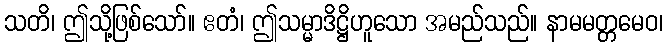
သတိ၊ ဤသို့ဖြစ်သော်။ ဧတံ၊ ဤသမ္မာဒိဋ္ဌိဟူသော အမည်သည်။ နာမမတ္တမေဝ၊